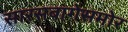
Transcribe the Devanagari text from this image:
सारसबागेसमोर